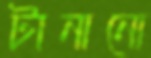
টানানো